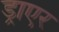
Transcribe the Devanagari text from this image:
ड्राएर